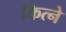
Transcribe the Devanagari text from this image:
कित्ने